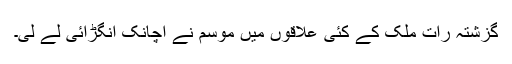
گزشتہ رات ملک کے کئی علاقوں میں موسم نے اچانک انگڑائی لے لی۔